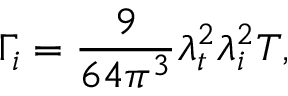
\Gamma _ { i } = \frac { 9 } { 6 4 \pi ^ { 3 } } \lambda _ { t } ^ { 2 } \lambda _ { i } ^ { 2 } T ,